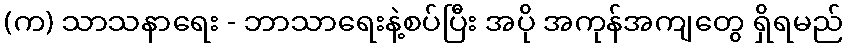
(က) သာသနာရေး - ဘာသာရေးနဲ့စပ်ပြီး အပို အကုန်အကျတွေ ရှိရမည်